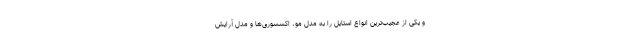
و یکی از عجیب‌ترین انواع استایل را به مدل مو، اکسسوری‌ها و مدل آرایش